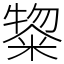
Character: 鿯